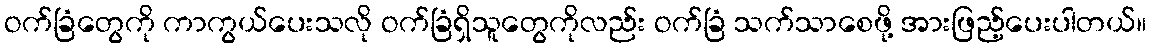
ဝက်ခြံတွေကို ကာကွယ်ပေးသလို ဝက်ခြံရှိသူတွေကိုလည်း ဝက်ခြံ သက်သာစေဖို့ အားဖြည့်ပေးပါတယ်။